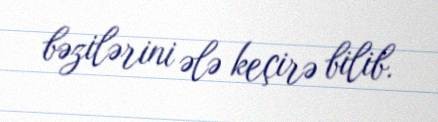
bəzilərini ələ keçirə bilib.